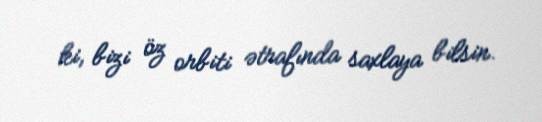
ki, bizi öz orbiti ətrafında saxlaya bilsin.